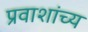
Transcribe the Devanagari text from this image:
प्रवाशांच्य